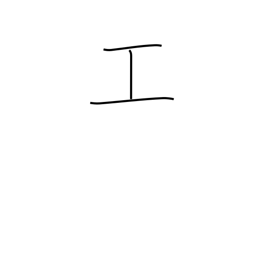
Meaning: construction